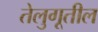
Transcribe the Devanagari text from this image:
तेलुगूतील